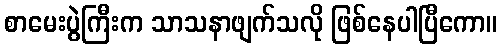
စာမေးပွဲကြီးက သာသနာဖျက်သလို ဖြစ်နေပါပြီကော။